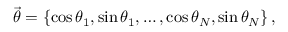
\vec { \theta } = \left\{ \cos { \theta _ { 1 } } , \sin { \theta _ { 1 } } , \dots , \cos { \theta _ { N } } , \sin { \theta _ { N } } \right\} ,